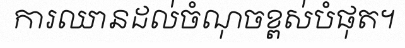
ការឈានដល់ចំណុចខ្ពស់បំផុត។